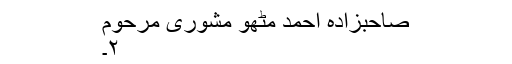
صاحبزادہ احمد مٹھو مشوری مرحوم
۲۔